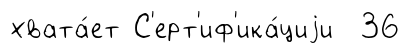
хвата́ет С'ерт'иф'ика́циjи 36